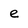
Character: e